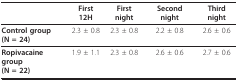
|  | First 12H | First night | Second night | Third night |
 | --- | --- | --- | --- | --- |
 | Control group(N = 24) | 2.3 ± 0.8 | 2.3 ± 0.8 | 2.2 ± 0.8 | 2.6 ± 0.6 |
 | Ropivacaine group(N = 22) | 1.9 ± 1.1 | 2.3 ± 0.8 | 2.6 ± 0.6 | 2.7 ± 0.6 |